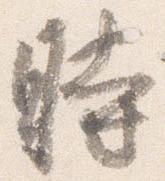
時